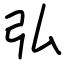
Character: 弘